Vaccine operations Central Provinces 1868-1885 - 1868-1885
Year: 1868
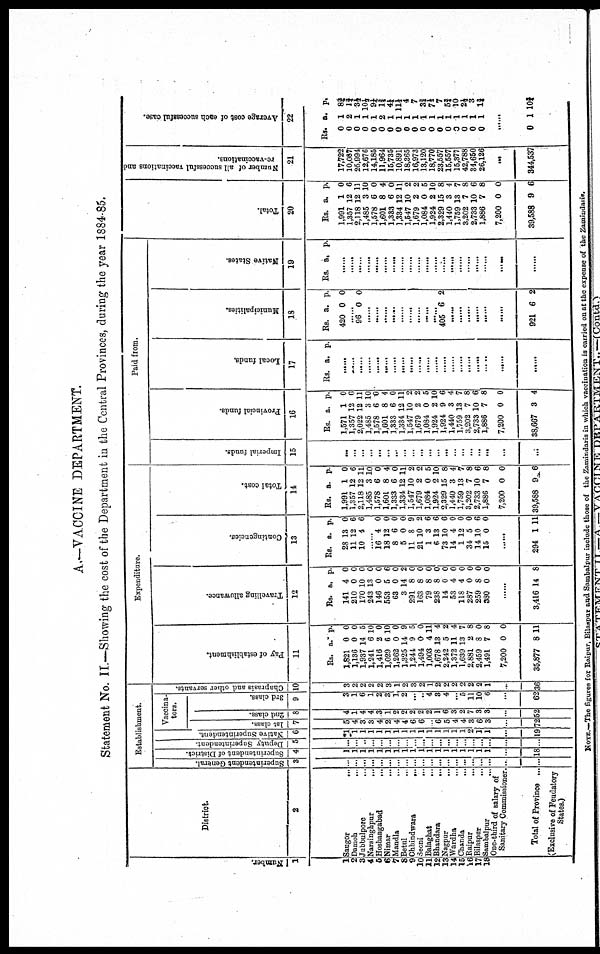
A.—VACCINE DEPARTMENT.
Statement No. II.—Showing the cost of the Department in the Central Provinces, during the year 1884-85.
Number.
1
1
2
3
4
5
6
7
8
9
10
11 12
13
14
15
16
17 18
District.
2
Saugor
...
Damoh
...
Jubbulpore
...
Narsinghpur ...
Hoshangabad
...
Nimar
...
Mandla
...
Betul ...
Chhindwara
...
Seoni
...
Balaghat
...
Bhandara
...
Nagpur ...
Wardha ...
Chanda ...
Raipur ...
Bilaspur ...
Sambalpur ...
One-third of salary of
Sanitary Commissioner.
Total of Province ...
(Exclusive of Feudatory
States.)
Establishment.
Superintendent General.
3
...
...
...
...
...
...
...
...
...
...
...
...
...
...
...
...
...
...
...
...
Superintendent of District.
4
1
1
1
1
1
1
1
1
1
1
1
1
1
1
1
1
1
1
...
18
Deputy Superintendent.
5
...
...
...
...
...
...
...
...
...
...
...
...
...
...
...
...
...
...
...
...
Native Superintendent.
6
1
1
1
1
1
1
1
1
1
1
1
1
1
1
1
2
1
1
...
19
Vaccina-
tors.
1st class.
7
5
4
3
3
4
2
4
4
6
6
...
6
5
4
4
3
6
3
...
72
2nd class.
8
4
1
4
4
3
1
2
2
2
2
2
1
6
3
2
7
3
3
...
52
3rd class.
9
3
1
6
1
2
3
1
2
...
...
4
3
4
...
5
11
10
6
...
62
Chaprasis and other servants.
10
3
2
2
2
2
3
1
2
3
2
1
2
2
2
2
2
2
1
...
36
Expenditure.
Pay of establishment.
11
Rs.
1,821
1,136
1,937
1,241
1,416
1,029
1,262
1,325
1,244
1,494
1,003
1,678
2,242
1,372
1,639
2,881
2,459
1,491
7,200
35,877
a.
0
0
14
6
2
6
0
14
9
0
4
13
5
11
13
2
8
7
0
8
p.
0
0
5
10
0
10
0
9
5
0
11
4
2
4
7
8
0
8
0
11
Travelling allowance.
12
Rs.
141
210
170
243
146
553
63
3
291
163
79
238
14
53
118
287
259
380
a.
4
0
10
13
0
5
0
14
8
8
8
8
0
4
4
0
8
0
p.
0
0
0
0
0
6
0
2
0
0
0
0
0
0
0
0
0
0
......
3,416 14 8
Contingencies.
13
Rs.
28
11
10
a.
13
12
4
p.
0
6
6
......
16
18
8
5
11
21
1
6
73
14
1
34
14
15
4
12
6
0
8
10
3
13
10
4
12
5
10
0
0
0
0
0
9
2
6
6
6
0
0
0
6
0
......
294 1 11
Total cost.
14
Rs.
1,991
1,357
2,118
1,485
1,578
1,601
1,333
1,334
1,547
1,679
1,084
1,924
2,329
1,440
1,759
3,202
2,733
1,886
7,200
39,588
a.
1
12
12
3
6
8
6
12
10
2
0
2
15
3
13
7
10
7
0
9
p.
0
6
11
10
0
4
0
11
2
2
5
10
8
4
7
8
6
8
0
6
Paid from.
Imperial funds.
15
...
...
...
...
...
...
...
...
...
...
...
...
...
...
...
...
...
...
...
...
Provincial funds.
16
Rs.
1,571
1,357
2,022
1,485
1,578
1,601
1,333
1,334
1,547
1,679
1,084
1,924
1,924
1,440
1,759
3,202
2,733
1,886
7,200
38,667
a.
1
12
12
3
6
8
6
12
10
2
0
2
9
3
13
7
10
7
0
3
p.
0
6
11
10
0
4
0
11
2
2
5
10
6
4
7
8
6
8
0
4
Local funds.
17
Rs.
a.
p.
......
......
......
......
......
......
......
......
......
......
......
......
......
......
......
......
......
......
......
......
Municipalities.
18
Rs.
420
a.
0
p.
0
......
96 0 0
......
......
......
......
......
......
......
......
......
405 6 2
......
......
......
......
......
......
921 6 2
Native States.
19
Rs. a. p.
......
......
......
......
......
......
......
......
......
......
......
......
......
......
......
......
......
......
......
......
Total.
20
Rs.
1,991
1,357
2,118
1,485
1,578
1,601
1,333
1,334
1,547
1,679
1,084
1,924
2,329
1,440
1,759
3,202
2,733
1,886
7,200
39,588
a.
1
12
12
3
6
8
6
12
10
2
0
2
15
3
13
7
10
7
0
9
p.
0
6
11
10
0
4
0
11
2
2
5
10
8
4
7
8
6
8
0
6
Number of all successful vaccinations and
re-vaccinations.
21
17,722
10,087
25,994
12,676
14,185
11,964
15,735
10,891
18,365
16,973
13,120
18,770
23,557
15,557
15,377
42,788
34,650
26,126
...
344,537
Average cost of each successful case.
22
Rs.
0
0
0
0
0
0
0
0
0
0
0
0
0
0
0
0
0
0
a.
1
2
1
1
1
2
1
1
1
1
1
1
1
1
1
1
1
1
p.
8¾
1¾
3½
10½
9¼ 1¾
4¼
11½
4
7
3¾
7½
7
6¾
10
2½
3
1¾
......
0 1 10¾
NOTE.—The figures for Raipur, Bilaspur and Sambalpur include those of the Zamindaris in which vaccination is carried on at the expense of the Zamindaris.